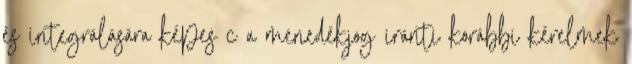
és integrálására képes c a menedékjog iránti korábbi kérelmek